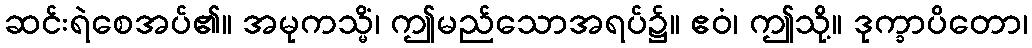
ဆင်းရဲစေအပ်၏။ အမုကသ္မိံ၊ ဤမည်သောအရပ်၌။ ဧဝံ၊ ဤသို့။ ဒုက္ခာပိတော၊